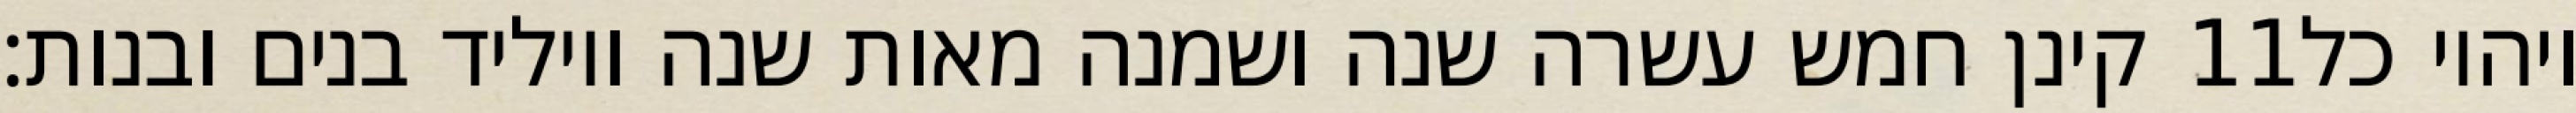
קינן חמש עשרה שנה ושמנה מאות שנה ויוליד בנים ובנות׃ ‎11‏ ויהיו כל